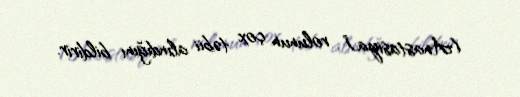
(Anastasiya)” rolunun çox təbii alındığını bildirir.